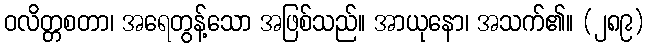
ဝလိတ္တစတာ၊ အရေတွန့်သော အဖြစ်သည်။ အာယုနော၊ အသက်၏။ (၂၈၉)